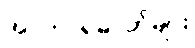
အာဟာရဓာတ်များ